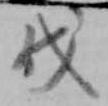
伐